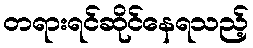
တရားရင်ဆိုင်နေရသည့်